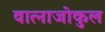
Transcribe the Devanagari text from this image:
वात्नाजोकुल